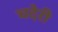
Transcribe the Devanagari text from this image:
चदेरी